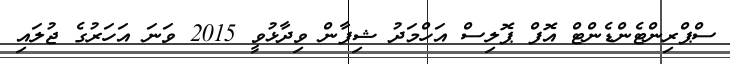
ސްޕްރިންޓެންޑެންޓް އޮފް ޕޮލިސް އަހްމަދު ޝިފާން ވިދާޅުވީ 2015 ވަނަ އަހަރުގެ ޖުލައި